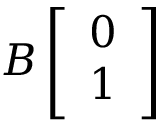
B \left[ \begin{array} { l } { 0 } \\ { 1 } \end{array} \right]